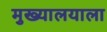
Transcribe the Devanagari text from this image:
मुख्यालयाला